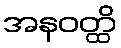
အနဝတ္ထိ